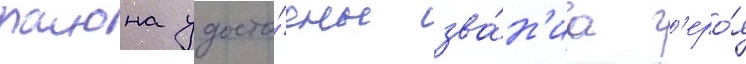
раиона удосто́ены зва́н'иа г'еро́я